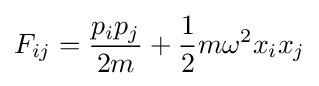
F_{ij}={\frac {p_{i}p_{j}}{2m}}+{\frac {1}{2}}m\omega ^{2}x_{i}x_{j}